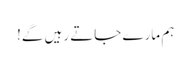
ہم مارے جاتے رہیں گے!